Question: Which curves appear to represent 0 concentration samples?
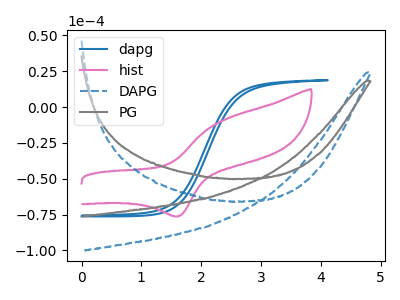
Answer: <think>The blue curve "dapg" has no peaks. The pink curve "hist" has an anodic peak at (2.40V, -8.20uA) and a cathodic peak at (1.60V, -76.30uA). The blue dashed curve "DAPG" has no peaks. The gray curve "PG" has no peaks.</think>
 <answer>"dapg", "DAPG" and "PG" are likely to be blanks.</answer>
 <eval>"dapg", "DAPG", "PG"</eval>